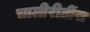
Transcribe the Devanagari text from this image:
चालीरीतींस